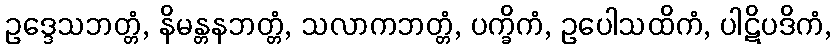
ဥဒ္ဒေသဘတ္တံ, နိမန္တနဘတ္တံ, သလာကဘတ္တံ, ပက္ခိကံ, ဥပေါသထိကံ, ပါဋိပဒိကံ,